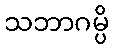
သဘာဂမ္ပိ